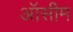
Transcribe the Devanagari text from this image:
ऑसीम